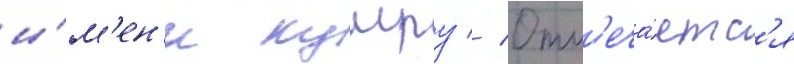
и́м'ен'и кумру // Отм'еча́етс'я